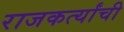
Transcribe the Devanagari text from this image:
राजकर्त्यांची